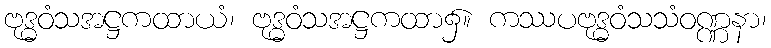
ဗုဒ္ဓဝံသအဋ္ဌကထာယံ၊ ဗုဒ္ဓဝံသအဋ္ဌကထာ၌။ ကဿပဗုဒ္ဓဝံသသံဝဏ္ဏနာ၊